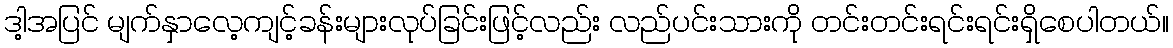
ဒါ့အပြင် မျက်နှာလေ့ကျင့်ခန်းများလုပ်ခြင်းဖြင့်လည်း လည်ပင်းသားကို တင်းတင်းရင်းရင်းရှိစေပါတယ်။